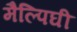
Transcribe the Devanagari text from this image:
मैल्पिघी